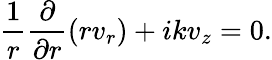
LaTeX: \frac{1}{r}\frac{\partial}{\partial r}\left(rv_{r}\right)+ikv_{z}=0.